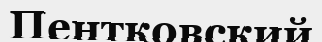
Пентковский